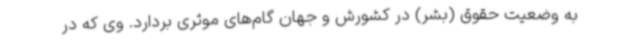
به وضعیت حقوق (بشر) در کشورش و جهان گام‌های موثری بردارد. وی که در